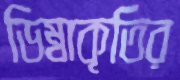
ডিম্বাকৃতির